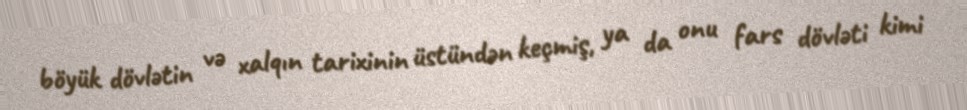
böyük dövlətin və xalqın tarixinin üstündən keçmiş, ya da onu fars dövləti kimi